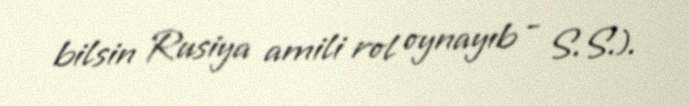
bilsin Rusiya amili rol oynayıb - S.S.).